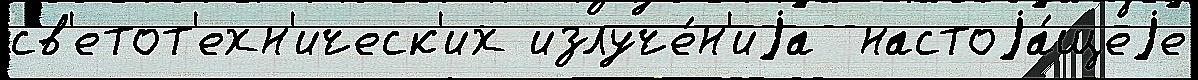
св'етот'ехн'ическ'их излуче́н'иjа  настоjа́щеjе